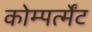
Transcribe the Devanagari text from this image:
कोम्पर्त्मेंट